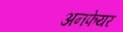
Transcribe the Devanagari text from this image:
अनफेयर